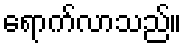
ရောက်လာသည်။